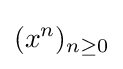
(x^{n})_{n\geq 0}